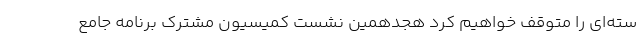
سته‌ای را متوقف خواهیم کرد هجدهمین نشست کمیسیون مشترک برنامه جامع